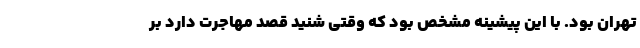
تهران بود. با این پیشینه مشخص بود که وقتی شنید قصد مهاجرت دارد بر